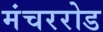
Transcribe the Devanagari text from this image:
मंचररोड